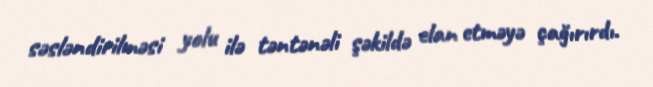
səsləndirilməsi yolu ilə təntənəli şəkildə elan etməyə çağırırdı.